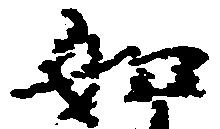
如